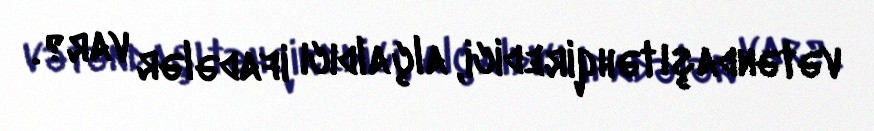
vətəndaşı təhqiredici, alçaldıcı ifadələr var?.